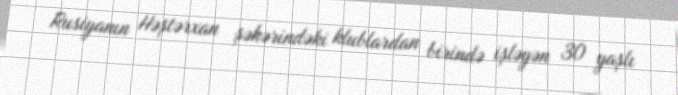
Rusiyanın Həştərxan şəhərindəki klublardan birində işləyən 30 yaşlı